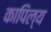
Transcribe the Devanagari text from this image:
कापिल्य